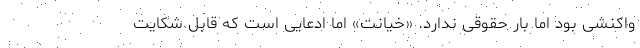
واکنشی بود اما بار حقوقی ندارد. «خیانت» اما ادعایی است که قابل شکایت